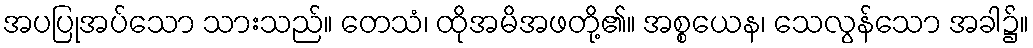
အပပြုအပ်သော သားသည်။ တေသံ၊ ထိုအမိအဖတို့၏။ အစ္စယေန၊ သေလွန်သော အခါ၌။